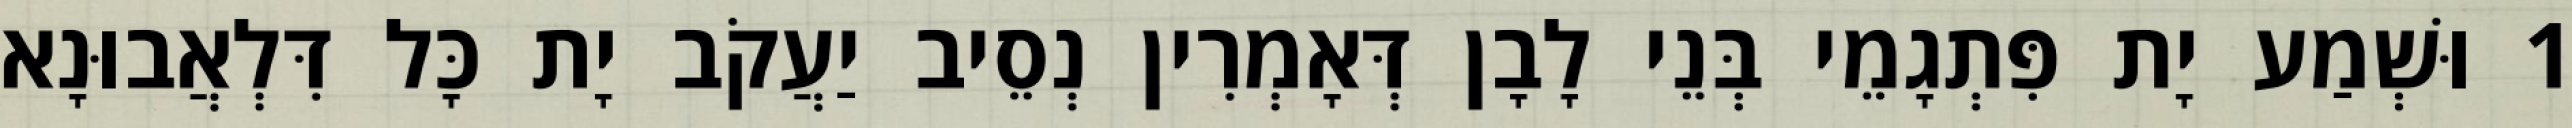
1 וּשְׁמַע יָת פִּתְגָמֵי בְּנֵי לָבָן דְּאָמְרִין נְסֵיב יַעֲקֹב יָת כָּל דִּלְאֲבוּנָא